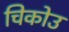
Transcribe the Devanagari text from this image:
चिकोउ